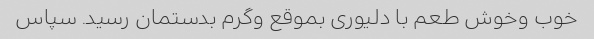
خوب وخوش طعم با دلیوری بموقع وگرم بدستمان رسید. سپاس